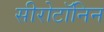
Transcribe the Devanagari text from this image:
सीरोटॉनिन